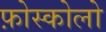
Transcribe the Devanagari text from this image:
फ़ोस्कोलो